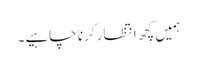
ہمیں کچھ انتظار کرنا چاہیے۔